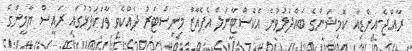
ރާއްޖެ-އިންޑިއާ ކޮމިޝަންގެ ބައްދަލުވުން އެކްސްޓާނަލް އެފެއާޒް މިނިސްޓަރު ދެއްކެވި ވާހަކަފުޅުގައި ރައީސް ޔާމީންގެ